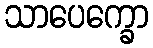
သာပေက္ခော